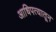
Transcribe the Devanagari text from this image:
आधिपत्यातून